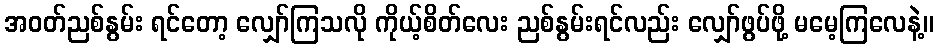
အဝတ်ညစ်နွမ်း ရင်တော့ လျှော်ကြသလို ကိုယ့်စိတ်လေး ညစ်နွမ်းရင်လည်း လျှော်ဖွပ်ဖို့ မမေ့ကြလေနဲ့။